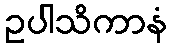
ဥပါသိကာနံ